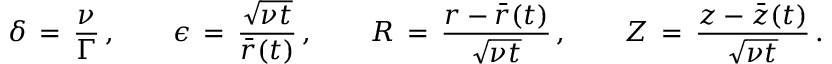
\delta \, = \, \frac { \nu } { \Gamma } \, , \qquad \epsilon \, = \, \frac { \sqrt { \nu t } } { \bar { r } ( t ) } \, , \qquad R \, = \, \frac { r - \bar { r } ( t ) } { \sqrt { \nu t } } \, , \qquad Z \, = \, \frac { z - \bar { z } ( t ) } { \sqrt { \nu t } } \, .